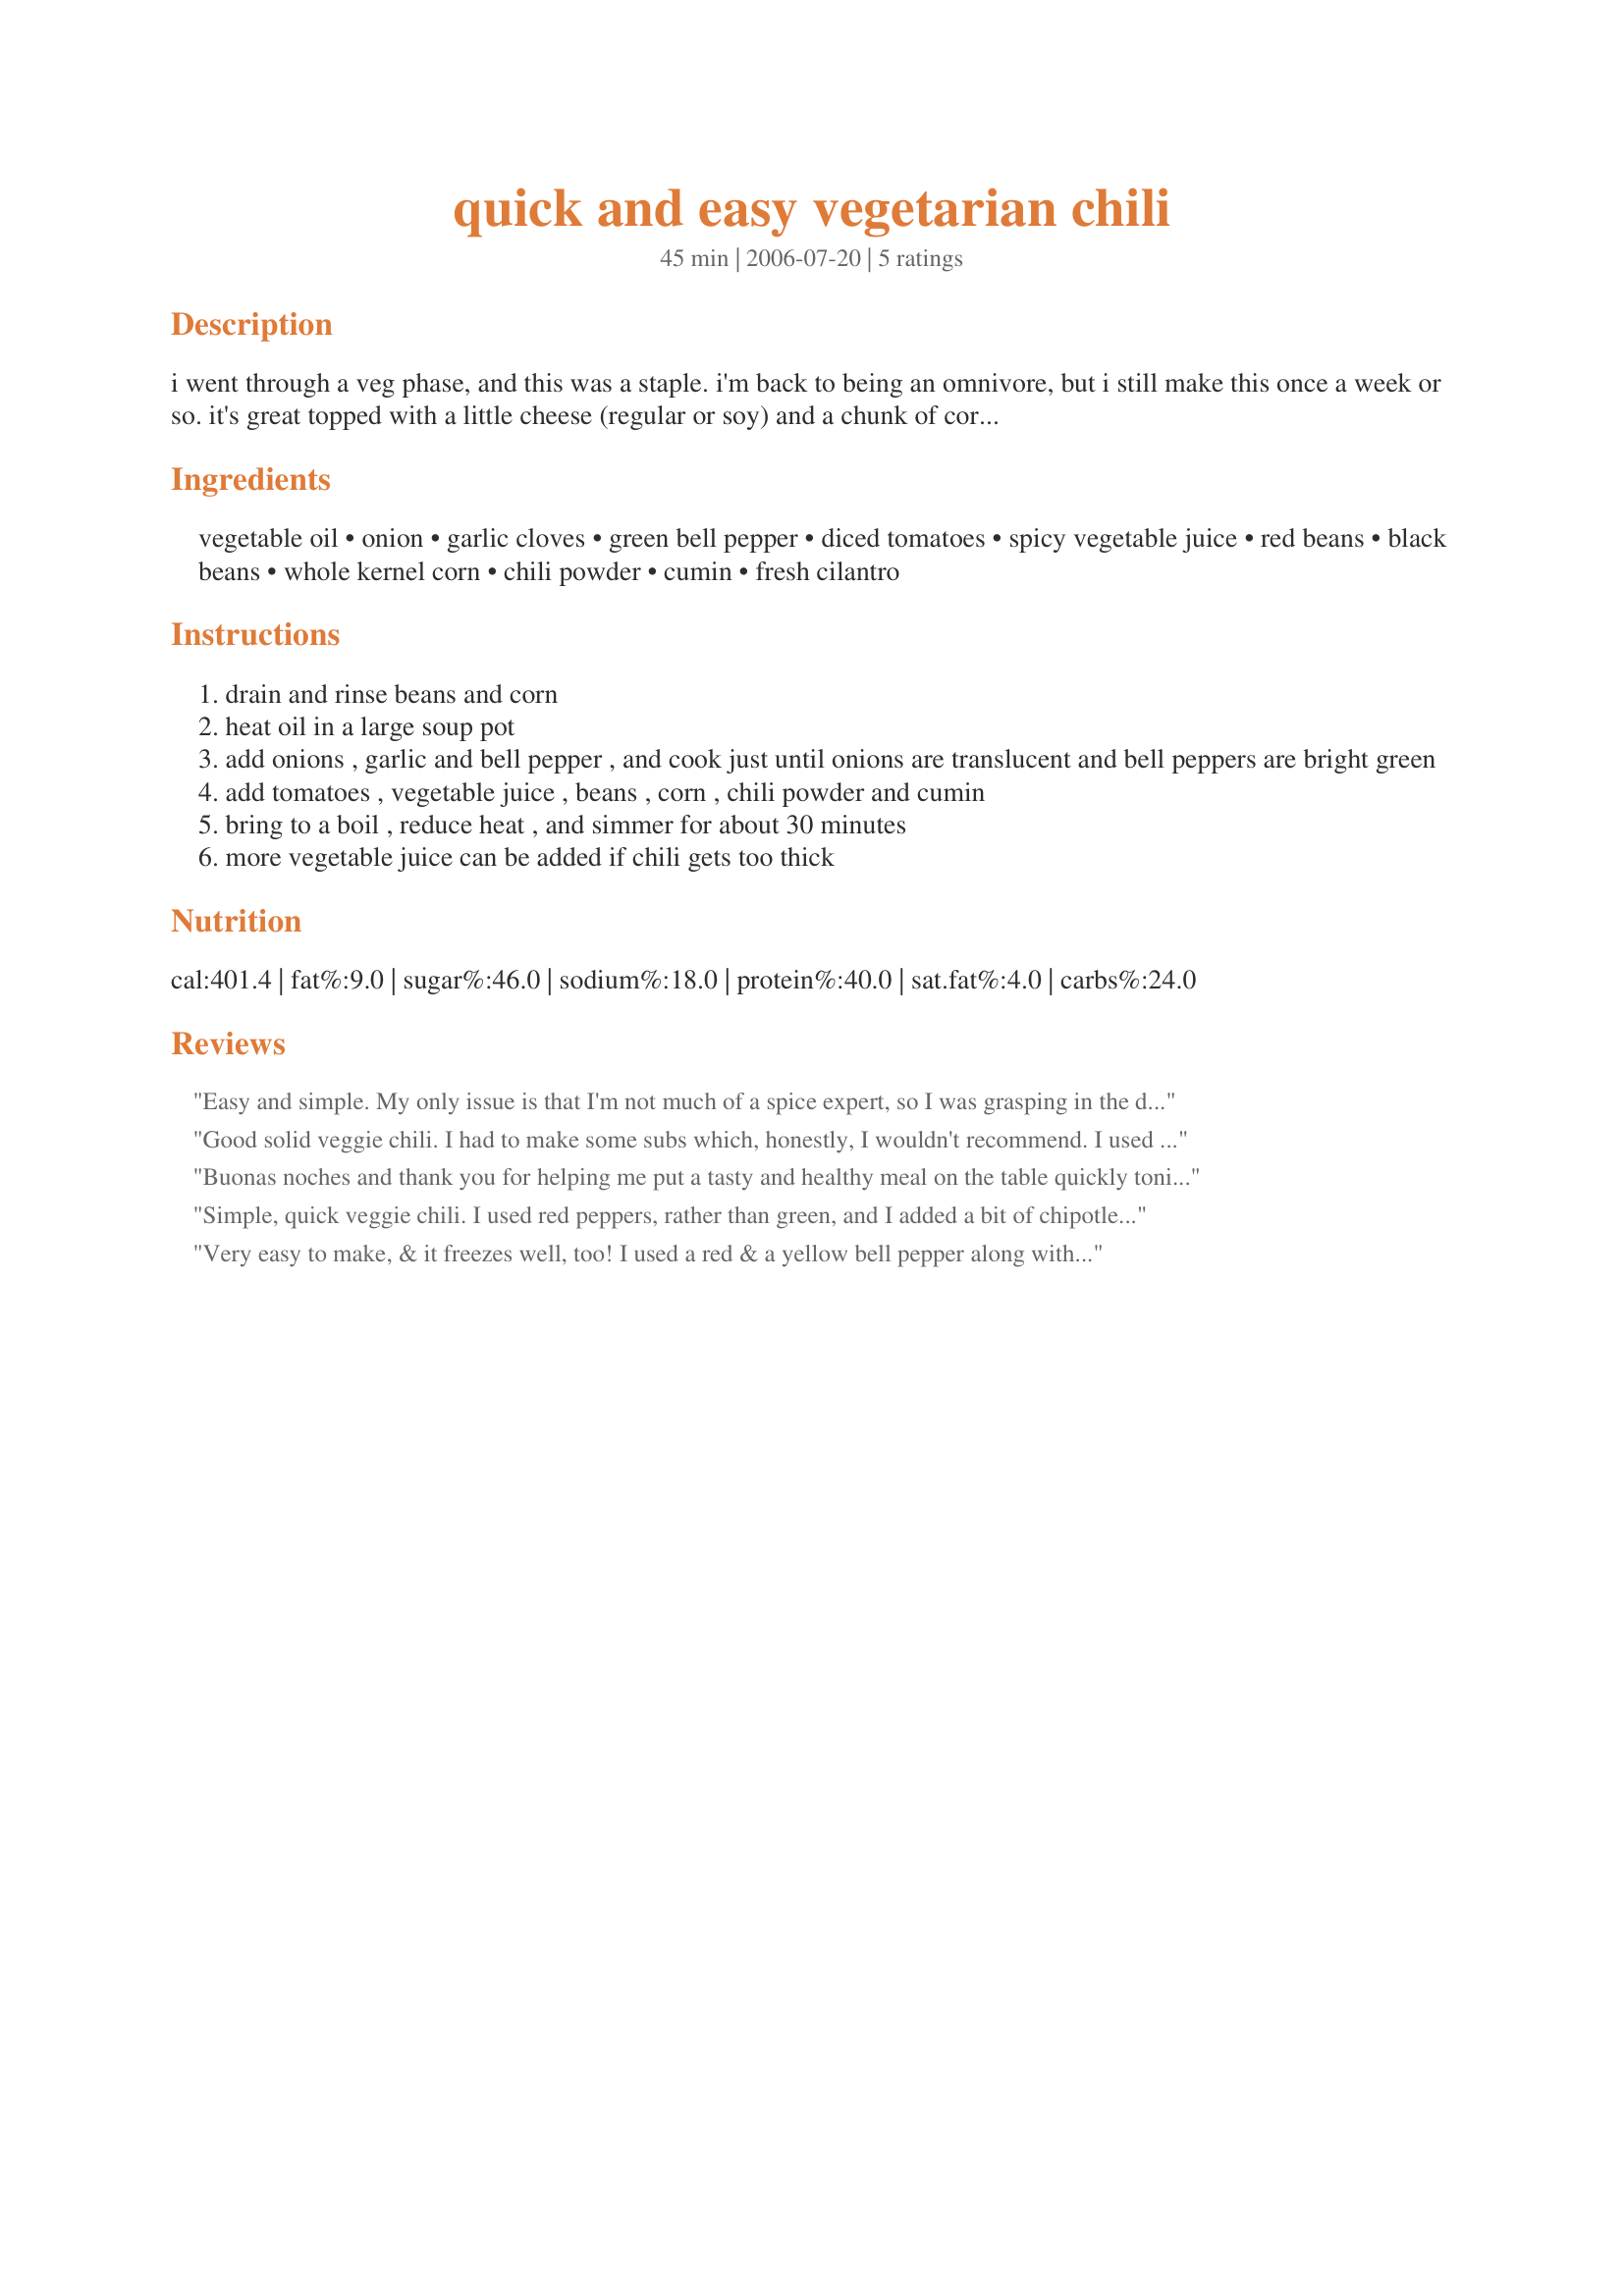
quick and easy vegetarian chili
Preparation time: 45 minutes

i went through a veg phase, and this was a staple. i'm back to being an omnivore, but i still make this once a week or so. it's great topped with a little cheese (regular or soy) and a chunk of cornbread.

if you're a weight watcher, this is 3 points for a 2 cup serving.

if you're a die-hard carnivore, you can add ground meat, but i think it's much fresher and tastier without.

Ingredients:
vegetable oil, onion, garlic cloves, green bell pepper, diced tomatoes, spicy vegetable juice, red beans, black beans, whole kernel corn, chili powder, cumin, fresh cilantro

Steps:
drain and rinse beans and corn
heat oil in a large soup pot
add onions , garlic and bell pepper , and cook just until onions are translucent and bell peppers are bright green
add tomatoes , vegetable juice , beans , corn , chili powder and cumin
bring to a boil , reduce heat , and simmer for about 30 minutes
more vegetable juice can be added if chili gets too thick

Reviews:
Easy and simple. My only issue is that I'm not much of a spice expert, so I was grasping in the dark with the chili powder and cumin. Since this is a vegetarian chili, the taste is spot on; wholesome and doesn't taste processed. I added mushrooms and I even think when I make it again I will use rice to absorb all the liquids. :) Great recipe! Thank you!
Good solid veggie chili. I had to make some subs which, honestly, I wouldn't recommend. I used regular veggie juice. Make sure to use something with some kick. And I left out the chili powder for my kids, but I found it a little bland. For the recipe I made the review would be 3 stars. But as written it's 4. Thanks for a good one to try.
Buonas noches and thank you for helping me put a tasty and healthy meal on the table quickly tonight. I made a couple changes but nothing major. I only had one small green pepper so I used an orange pepper for the second one. Then, I had a bunch of part used cans of various beans that I had opened for other recipes on the tour. So, red kidney beans, black beans and pinto beans all went into the pot. I served it with flour tortillas on the side, a sprinkling of Monterrey jack cheese and a dollop of reduced fat sour cream. Made for Chow Hounds on ZWT5.
Simple, quick veggie chili. I used red peppers, rather than green, and I added a bit of chipotle tabasco. Made for PAC Spring 2007. Thanks for a good basic recipe!
Very easy to make, & it freezes well, too! I used a red & a yellow bell pepper along with almost 2 teaspoons of chili powder & 1/2 teaspoon of cumin! That, along with the spicy juice was enough of a kick for us! Very, very tasty, & my veggie son & his wife would love it, I'm sure! Will keep this recipe around! [Tagged, made & reviewed for one of my adoptees in the current Pick A Chef]
